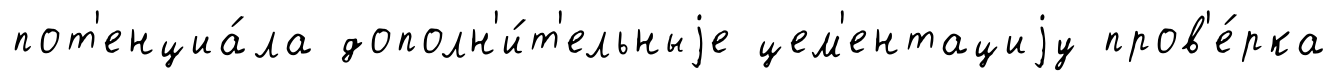
пот'енциа́ла дополн'и́т'ельныjе цем'ентациjу пров'е́рка